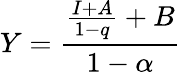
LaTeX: Y={\frac{{\frac{I+A}{1-q}}+B}{1-\alpha}}\,